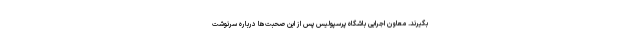
بگیرند. معاون اجرایی باشگاه پرسپولیس پس از این صحبت‌ها درباره سرنوشت